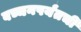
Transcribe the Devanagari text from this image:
बच्चनपर्यंतची